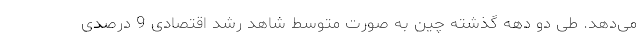
می‌دهد. طی دو دهه گذشته چین به صورت متوسط شاهد رشد اقتصادی 9 درصدی